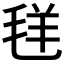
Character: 𱻋